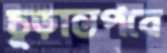
চূড়ান্তপবে